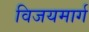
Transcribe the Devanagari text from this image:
विजयमार्ग